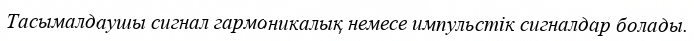
Тасымалдаушы сигнал гармоникалық немесе импульстік сигналдар болады.